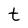
Character: t